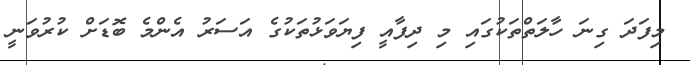
މިފަދަ ގިނަ ހާލަތްތަކުގައި މި ދިފާއީ ފިޔަވަޅުތަކުގެ އަސަރު އެންމެ ބޮޑަށް ކުރުވަނީ